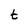
Character: t